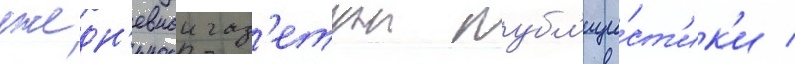
ежедн'евнои газ'етнои публ'ици́ст'ик'и /